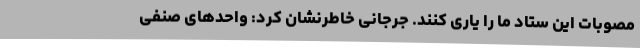
مصوبات این ستاد ما را یاری کنند. جرجانی خاطرنشان کرد: واحدهای صنفی